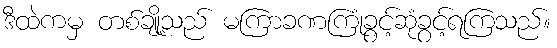
ဒီထဲကမှ တစ်ချို့သည် မကြာခဏကြုံခွင့်ဆုံခွင့်ရကြသည်။